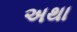
અથા